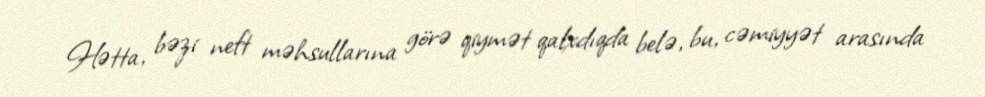
Hətta, bəzi neft məhsullarına görə qiymət qalxdıqda belə, bu, cəmiyyət arasında